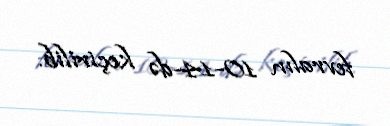
fevralın 10-14-də keçirilib.